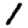
Digit: 1